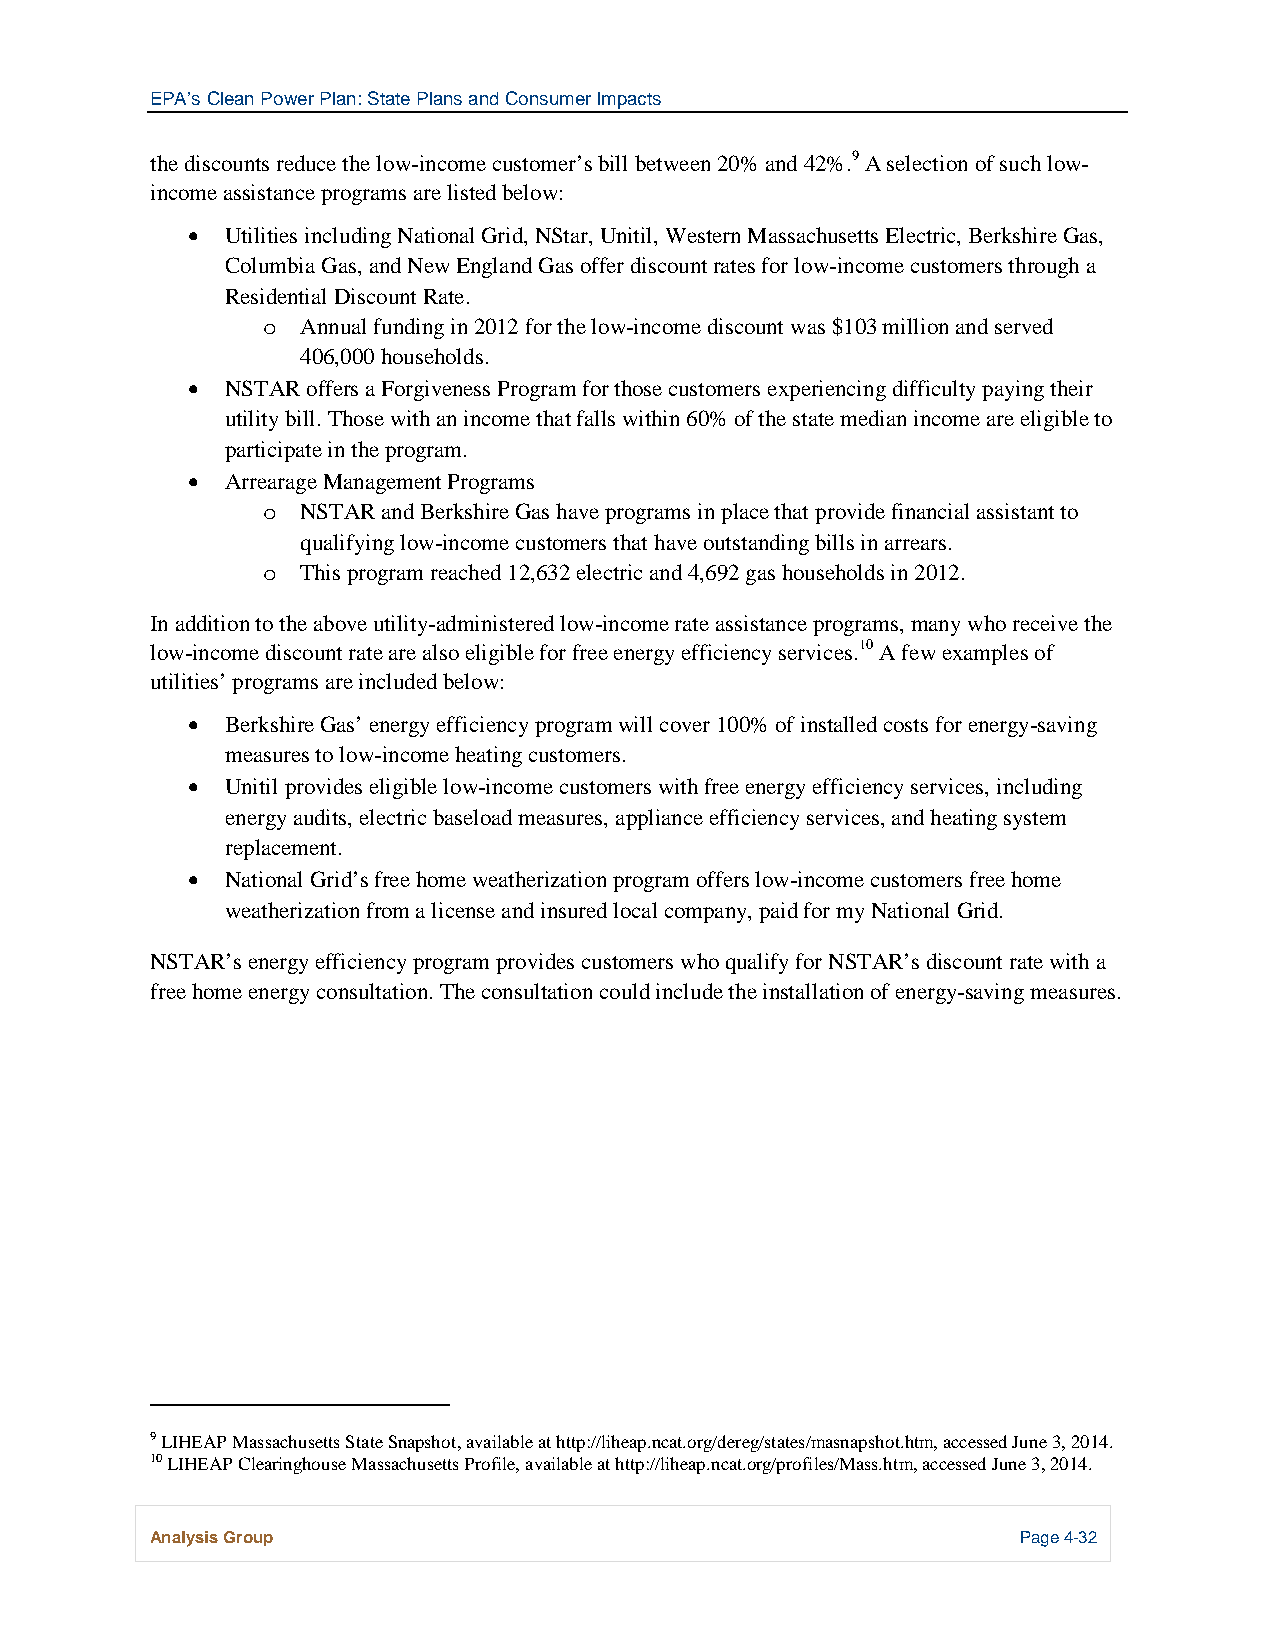
EPA’s Clean Power Plan: State Plans and Consumer Impacts
 the discounts reduce the low-income customer’s bill between 20% and 42%.9 A selection of such low-
 income assistance programs are listed below:
 •  Utilities including National Grid, NStar, Unitil, Western Massachusetts Electric, Berkshire Gas,
 Columbia Gas, and New England Gas offer discount rates for low-income customers through a
 Residential Discount Rate.
 Annual funding in 2012 for the low-income discount was $103 million and served
 o
 406,000 households.
 •  NSTAR offers a Forgiveness Program for those customers experiencing difficulty paying their
 utility bill. Those with an income that falls within 60% of the state median income are eligible to
 participate in the program.
 •  Arrearage Management Programs
 NSTAR and Berkshire Gas have programs in place that provide financial assistant to
 o
 qualifying low-income customers that have outstanding bills in arrears.
 This program reached 12,632 electric and 4,692 gas households in 2012.
 o
 In addition to the above utility-administered low-income rate assistance programs, many who receive the
 low-income discount rate are also eligible for free energy efficiency services.10 A few examples of
 utilities’ programs are included below:
 •  Berkshire Gas’ energy efficiency program will cover 100% of installed costs for energy-saving
 measures to low-income heating customers.
 •  Unitil provides eligible low-income customers with free energy efficiency services, including
 energy audits, electric baseload measures, appliance efficiency services, and heating system
 replacement.
 •  National Grid’s free home weatherization program offers low-income customers free home
 weatherization from a license and insured local company, paid for my National Grid.
 NSTAR’s energy efficiency program provides customers who qualify for NSTAR’s discount rate with a
 free home energy consultation. The consultation could include the installation of energy-saving measures.
 9 LIHEAP Massachusetts State Snapshot, available at http://liheap.ncat.org/dereg/states/masnapshot.htm, accessed June 3, 2014.
 10 LIHEAP Clearinghouse Massachusetts Profile, available at http://liheap.ncat.org/profiles/Mass.htm, accessed June 3, 2014.
 Analysis Group                                            Page 4-32